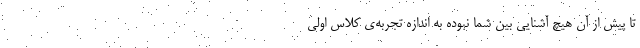
تا پیش از آن هیچ آشنایی بین شما نبوده به اندازه تجربه‌ی کلاس اولی